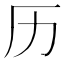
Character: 历